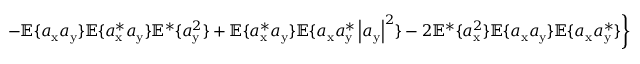
\left. - \mathbb { E } \{ a _ { \mathrm { x } } a _ { \mathrm { y } } \} \mathbb { E } \{ a _ { \mathrm { x } } ^ { * } a _ { \mathrm { y } } \} \mathbb { E } ^ { * } \{ a _ { \mathrm { y } } ^ { 2 } \} + \mathbb { E } \{ a _ { \mathrm { x } } ^ { * } a _ { \mathrm { y } } \} \mathbb { E } \{ a _ { \mathrm { x } } a _ { \mathrm { y } } ^ { * } \left| a _ { \mathrm { y } } \right| ^ { 2 } \} - 2 \mathbb { E } ^ { * } \{ a _ { \mathrm { x } } ^ { 2 } \} \mathbb { E } \{ a _ { \mathrm { x } } a _ { \mathrm { y } } \} \mathbb { E } \{ a _ { \mathrm { x } } a _ { \mathrm { y } } ^ { * } \} \right\}